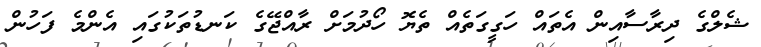
ޝެލްގެ ދިރާސާއިން އެތައް ހަގީގަތެއް ތެޔޮ ހޯދުމަށް ރާއްޖޭގެ ކަނޑުތަކުގައި އެންމެ ފަހުން